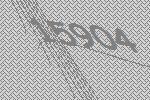
15904